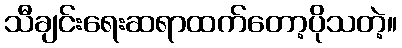
သီချင်းရေးဆရာထက်တော့ပိုသတဲ့။